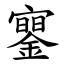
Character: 䥌